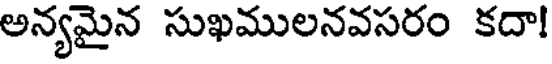
అన్యమైన సుఖములనవసరం కదా!